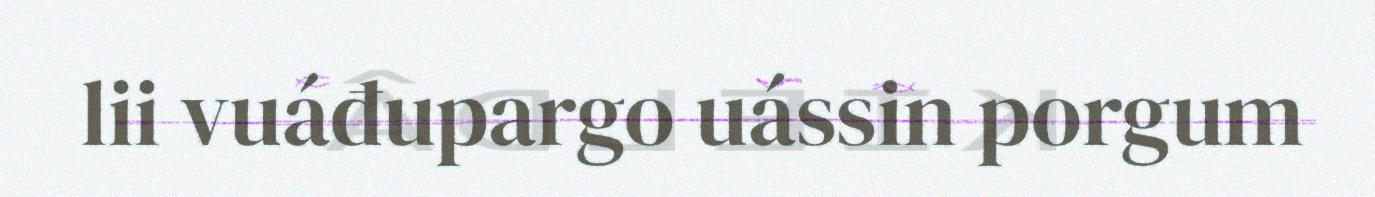
lii vuáđupargo uássin porgum